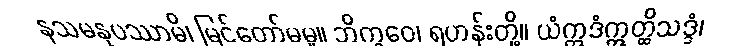
နသမနုပဿာမိ၊ မြင်တော်မမူ။ ဘိက္ခဝေ၊ ရဟန်းတို့။ ယံဣဒံဣတ္ထိသဒ္ဒံ၊